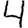
Digit: 4